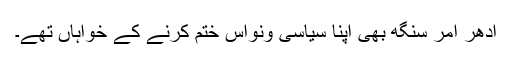
ادھر امر سنگھ بھی اپنا سیاسی ونواس ختم کرنے کے خواہاں تھے۔